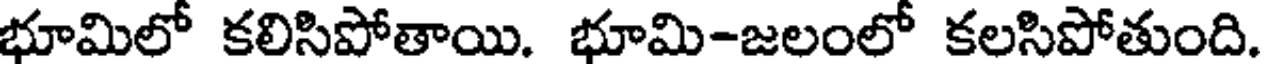
భూమిలో కలిసిపోతాయి. భూమి-జలంలో కలసిపోతుంది.